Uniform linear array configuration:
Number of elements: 64
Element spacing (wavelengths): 1
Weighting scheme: blackman
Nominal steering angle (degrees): -15
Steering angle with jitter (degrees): -16.693
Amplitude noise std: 0.05
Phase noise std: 0.05

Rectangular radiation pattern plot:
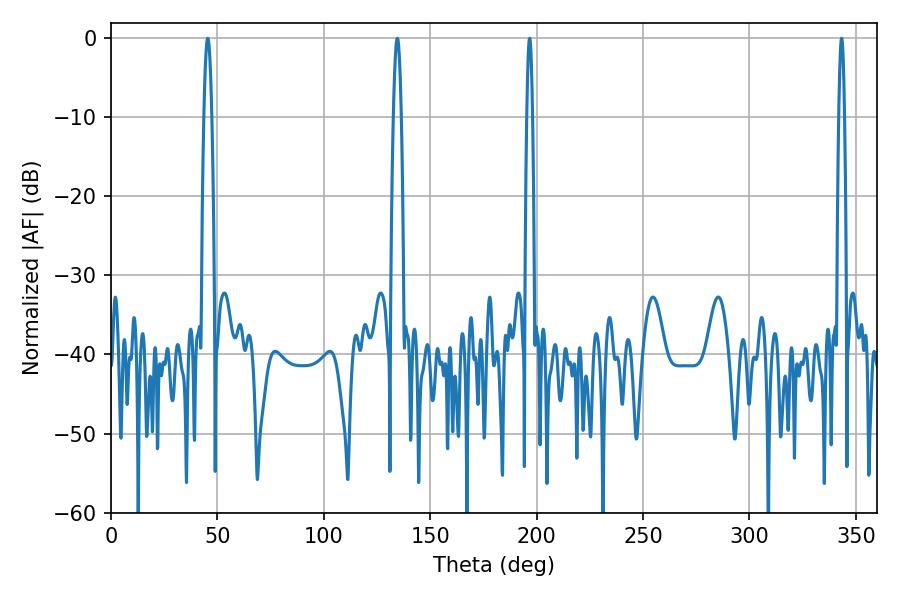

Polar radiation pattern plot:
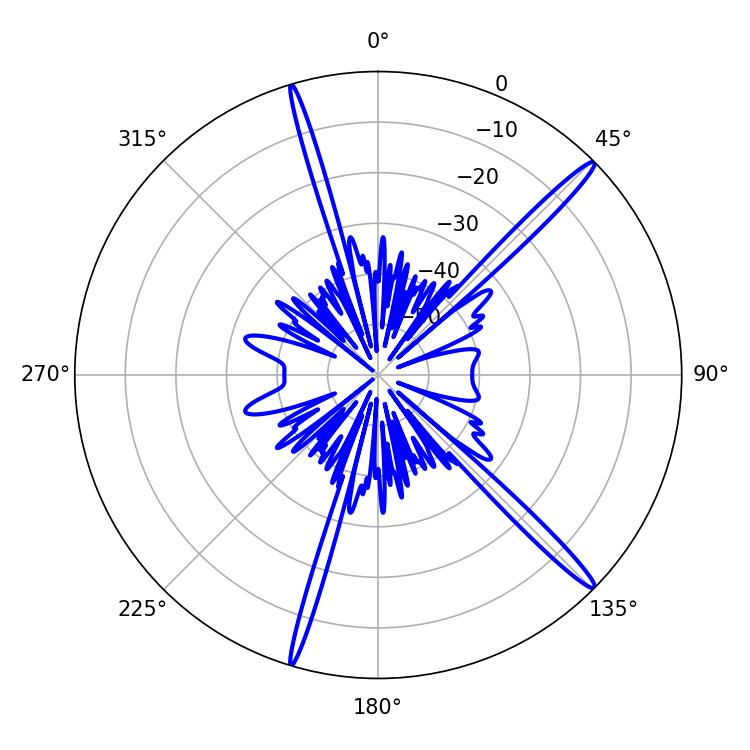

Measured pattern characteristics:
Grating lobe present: TRUE
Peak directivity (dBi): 17.064
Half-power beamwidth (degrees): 1.44
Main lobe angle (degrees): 196.74